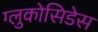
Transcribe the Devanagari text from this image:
ग्लुकोसिडेस